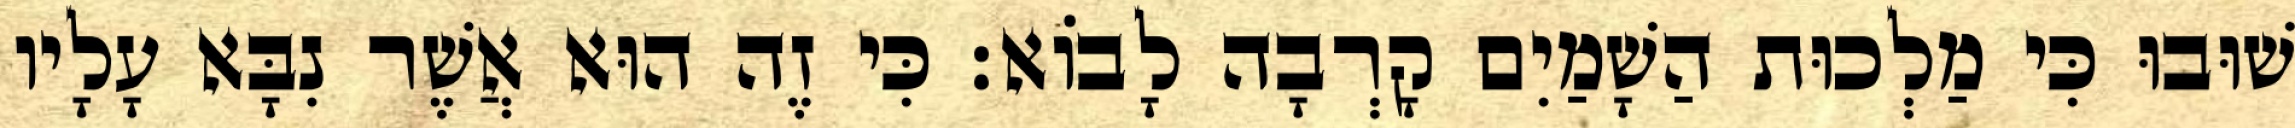
שׁוּבוּ כִּי מַלְכוּת הַשָׁמַיִם קָרְבָה לָבוֹא׃ כִּי זֶה הוּא אֲשֶׁר נִבָּא עָלָיו